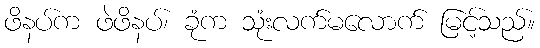
ဖိနပ်က ဖဲဖိနပ်၊ ခုံက သုံးလက်မလောက် မြင့်သည်။